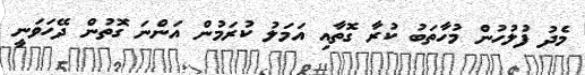
މެދު ފުލުހުން މުހާތަބު ކުރާ ގޮތާއި އަމަލު ކުރަމުން އަންނަ ގޮތުން ދޭހަވަނީ